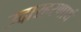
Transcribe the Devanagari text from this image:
उदारहरणार्थ